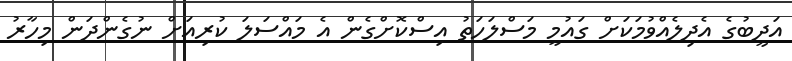
އަދީބުގެ އެދިލެއްވުމަކަށް ގައުމީ މަސްލަހަތު އިސްކޮށްގެން އެ މައްސަލަ ކުރިއަށް ނުގެންދަން މިހާރު